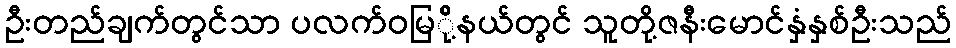
ဦးတည်ချက်တွင်သာ ပလက်ဝမြ်ို့နယ်တွင် သူတို့ဇနီးမောင်နှံနှစ်ဦးသည်